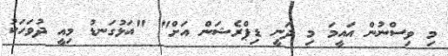
މި ވިސްނުން އައީމަ މި ދަނީ ޑިޕްރެޝަން އަށް" "އަޅުގަނޑު މިއީ ދުވަހަކު